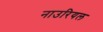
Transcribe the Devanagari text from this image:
नाउरियल